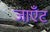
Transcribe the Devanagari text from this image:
जाएँट